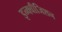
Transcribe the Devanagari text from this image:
इन्क्वीजिशन